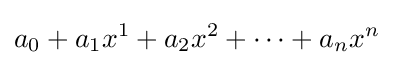
a_{0}+a_{1}x^{1}+a_{2}x^{2}+\cdots +a_{n}x^{n}